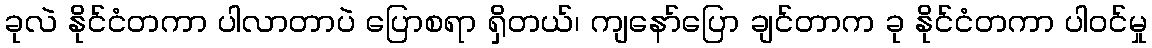
ခုလဲ နိုင်ငံတကာ ပါလာတာပဲ ပြောစရာ ရှိတယ်၊ ကျနော်ပြော ချင်တာက ခု နိုင်ငံတကာ ပါဝင်မှု